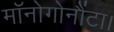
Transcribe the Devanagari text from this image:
मॉनोगोनौंटा।